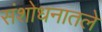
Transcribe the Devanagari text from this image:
संशोधनातले